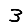
Digit: 3